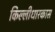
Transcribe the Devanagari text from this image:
किल्लीधारकास